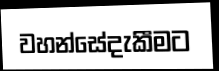
වහන්සේදැකීමට